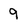
Character: 9